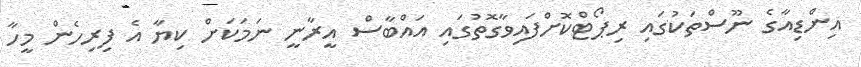
އިންޑިއާގެ ނޫސްތަކުގައި ރިޕޯޓްކޮށްފައިވާގޮތުގައި އައްބާސް އީރާނީ ނަމަކަށް ކިޔާ އެ ފިރިހެން މީހާ